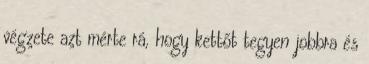
végzete azt mérte rá, hogy kettőt tegyen jobbra és